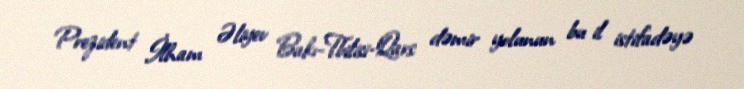
Prezident İlham Əliyev Bakı-Tbilisi-Qars dəmir yolunun bu il istifadəyə